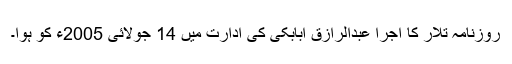
روزنامہ تلار کا اجرا عبدالرازق ابابکی کی ادارت میں 14 جولائی 2005ء کو ہوا۔